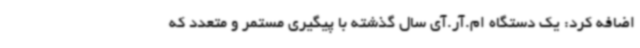
اضافه کرد: یک دستگاه ام.آر.آی سال گذشته با پیگیری مستمر و متعدد که